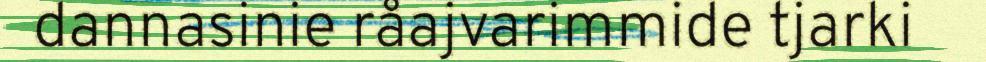
dannasinie råajvarimmide tjarki